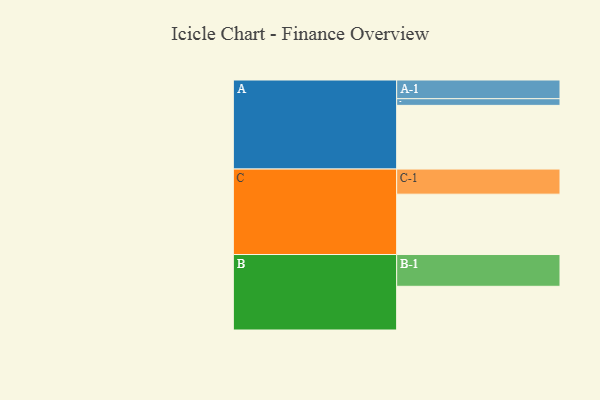
{"axis": {"x": "Segment", "y": "Value"}, "legend": ["", "A", "B", "C"], "data": [{"x": "A", "y": 497, "type": ""}, {"x": "B", "y": 341, "type": ""}, {"x": "C", "y": 471, "type": ""}, {"x": "A-1", "y": 146, "type": "A"}, {"x": "A-2", "y": 52, "type": "A"}, {"x": "B-1", "y": 248, "type": "B"}, {"x": "C-1", "y": 196, "type": "C"}]}